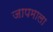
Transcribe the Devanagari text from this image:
जापमाला